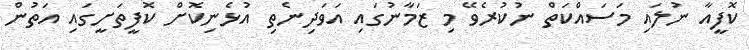
ކޮފީއާ ނުލައި މަސައްކަތް ނުކުރެވޭ މި ޒަމާނުގައި އަވަދިނެތި އުޅެނިކޮށް ކޮފީތަށީގައި އަތުން